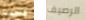
ونصبح الرصيف